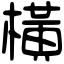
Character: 橫